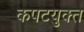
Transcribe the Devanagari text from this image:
कपटयुक्त